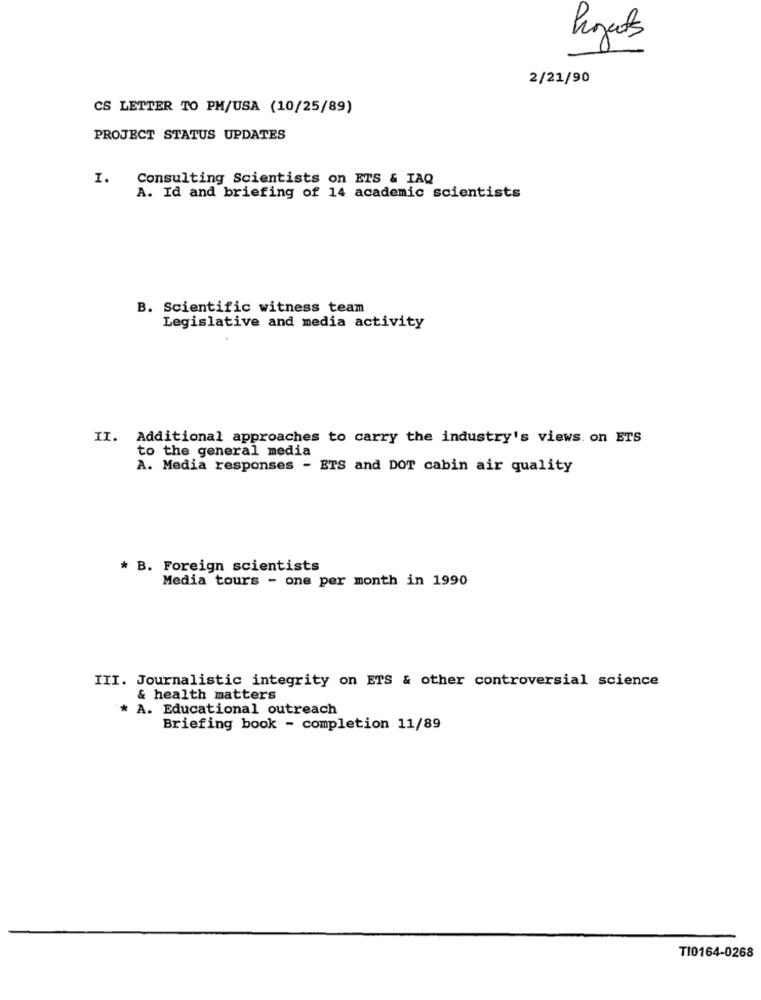
hjertes
2/21/90
CS LETTER TO PM/USA (10/25/89)
PROJECT STATUS UPDATES
I.
Consulting Scientists on ETS & IAQ
A. Id and briefing of 14 academic scientists
B. Scientific witness team
Legislative and media activity
II. Additional approaches to carry the industry's views. on ETS
to the general media
A. Media responses - ETS and DOT cabin air quality
* B. Foreign scientists
Media tours - one per month in 1990
III. Journalistic integrity on ETS & other controversial science
& health matters
* A. Educational outreach
Briefing book - completion 11/89
TI0164-0268